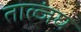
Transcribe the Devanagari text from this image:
ताल्जंघ